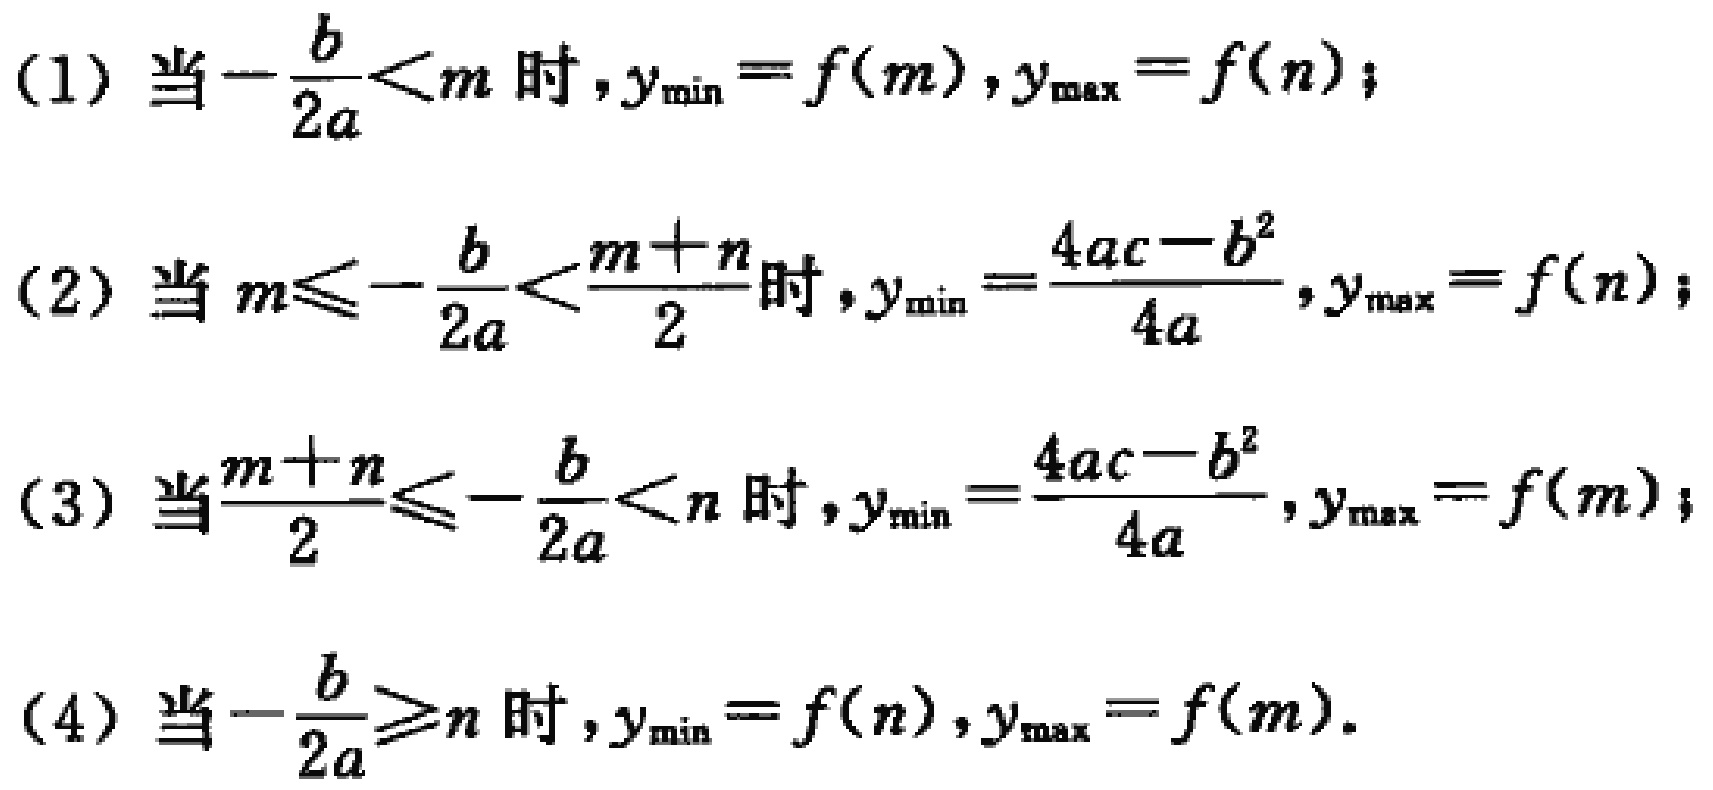
(1) 当\(-\frac{b}{2a}<m\)时，\(y_{\min}=f(m)\)，\(y_{\max}=f(n)\)；

(2) 当\(m\leqslant-\frac{b}{2a}<\frac{m + n}{2}\)时，\(y_{\min}=\frac{4ac - b^{2}}{4a}\)，\(y_{\max}=f(n)\)；

(3) 当\(\frac{m + n}{2}\leqslant-\frac{b}{2a}<n\)时，\(y_{\min}=\frac{4ac - b^{2}}{4a}\)，\(y_{\max}=f(m)\)；

(4) 当\(-\frac{b}{2a}\geqslant n\)时，\(y_{\min}=f(n)\)，\(y_{\max}=f(m)\)。